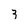
Character: 3